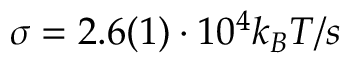
\sigma = 2 . 6 ( 1 ) \cdot 1 0 ^ { 4 } k _ { B } T / s